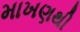
માખણથી